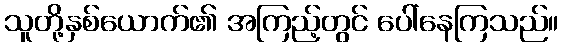
သူတို့နှစ်ယောက်၏ အကြည့်တွင် ပေါ်နေကြသည်။